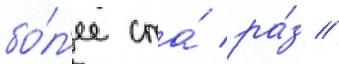
бо́л'ее ста́ ра́з /